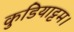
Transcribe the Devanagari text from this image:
कुडियाट्टम।